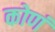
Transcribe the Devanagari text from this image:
कोणं